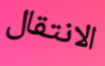
الانتقال